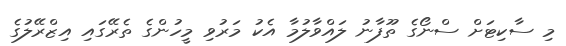
މި ސާކިޓަށް ސްނޯގެ ތޫފާނު ލައްވާލުމާ އެކު މަރުވި މީހުންގެ ތެރޭގައި އިޒްރޭލުގެ